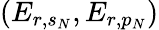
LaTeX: (E_{r,s_{N}},E_{r,p_{N}})